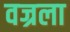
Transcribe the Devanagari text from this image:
वज्रला